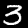
Digit: 3